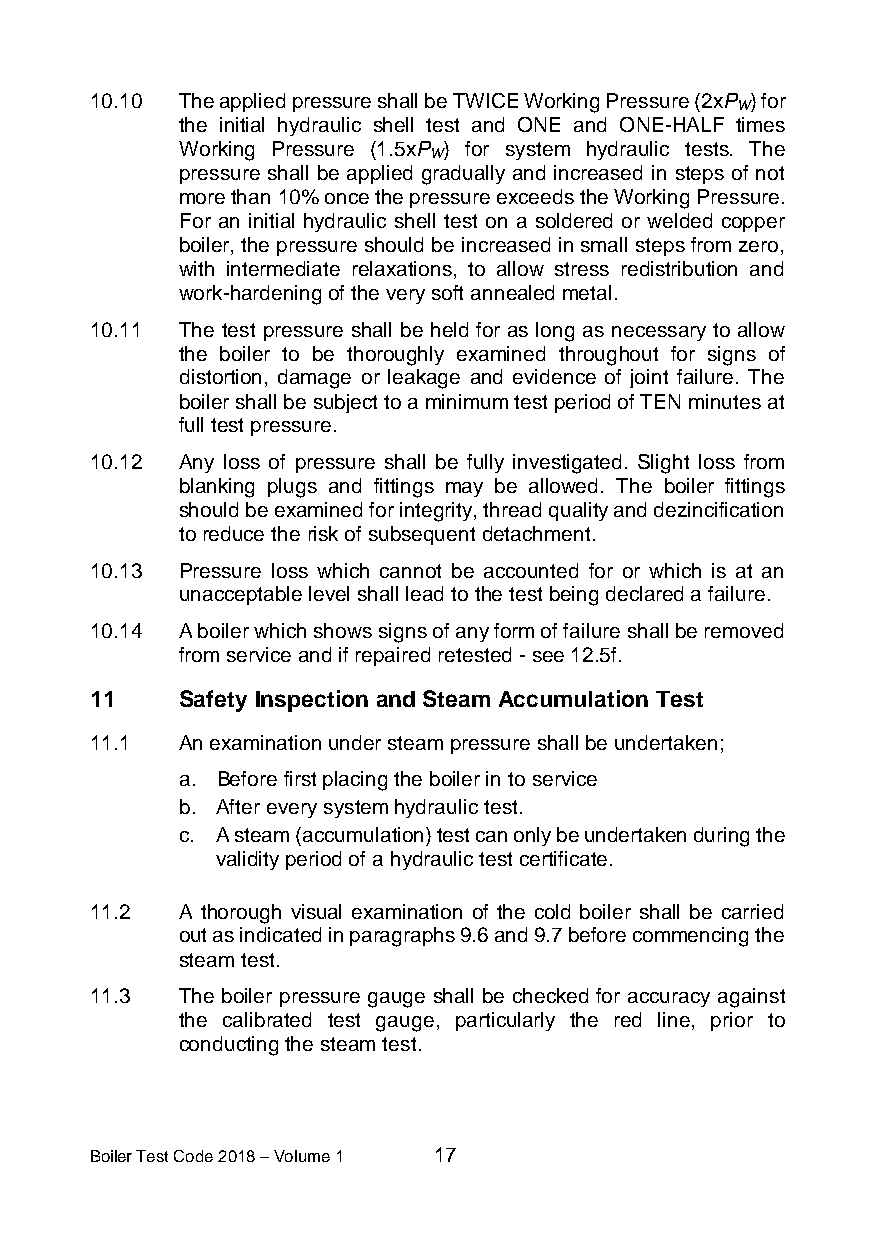
10.10 The applied pressure shall be TWICE Working Pressure (2xP ) for
 W
 the initial hydraulic shell test and ONE and ONE-HALF times
 Working Pressure (1.5xP ) for system hydraulic tests. The
 W
 pressure shall be applied gradually and increased in steps of not
 more than 10% once the pressure exceeds the Working Pressure.
 For an initial hydraulic shell test on a soldered or welded copper
 boiler, the pressure should be increased in small steps from zero,
 with intermediate relaxations, to allow stress redistribution and
 work-hardening of the very soft annealed metal.
 10.11 The test pressure shall be held for as long as necessary to allow
 the boiler to be thoroughly examined throughout for signs of
 distortion, damage or leakage and evidence of joint failure. The
 boiler shall be subject to a minimum test period of TEN minutes at
 full test pressure.
 10.12 Any loss of pressure shall be fully investigated. Slight loss from
 blanking plugs and fittings may be allowed. The boiler fittings
 should be examined for integrity, thread quality and dezincification
 to reduce the risk of subsequent detachment.
 10.13 Pressure loss which cannot be accounted for or which is at an
 unacceptable level shall lead to the test being declared a failure.
 10.14 A boiler which shows signs of any form of failure shall be removed
 from service and if repaired retested - see 12.5f.
 11    Safety Inspection and Steam Accumulation Test
 11.1  An examination under steam pressure shall be undertaken;
 a. Before first placing the boiler in to service
 b. After every system hydraulic test.
 c. A steam (accumulation) test can only be undertaken during the
 validity period of a hydraulic test certificate.
 11.2  A thorough visual examination of the cold boiler shall be carried
 out as indicated in paragraphs 9.6 and 9.7 before commencing the
 steam test.
 11.3  The boiler pressure gauge shall be checked for accuracy against
 the calibrated test gauge, particularly the red line, prior to
 conducting the steam test.
 Boiler Test Code 2018 – Volume 1 17